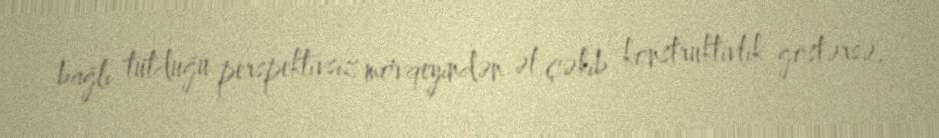
bağlı tutduğu perspektivsiz mövqeyindən əl çəkib konstruktivlik göstərsə,